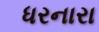
ધરનારા